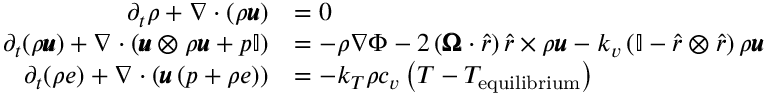
\begin{array} { r l } { \partial _ { t } \rho + \nabla \cdot \left( \rho \pmb { u } \right) } & { = 0 } \\ { \partial _ { t } ( \rho \pmb { u } ) + \nabla \cdot \left( \pmb { u } \otimes \rho \pmb { u } + p \mathbb { I } \right) } & { = - \rho \nabla \Phi - 2 \left( \pmb { \Omega } \cdot \hat { r } \right) \hat { r } \times \rho \pmb { u } - k _ { v } \left( \mathbb { I } - \hat { r } \otimes \hat { r } \right) \rho \pmb { u } } \\ { \partial _ { t } ( \rho e ) + \nabla \cdot \left( \pmb { u } \left( p + \rho e \right) \right) } & { = - k _ { T } \rho c _ { v } \left( T - T _ { \mathrm { e q u i l i b r i u m } } \right) } \end{array}